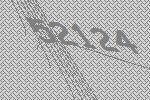
52124